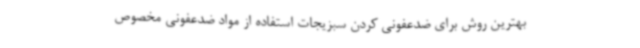
بهترین روش برای ضدعفونی کردن سبزیجات استفاده از مواد ضدعفونی مخصوص